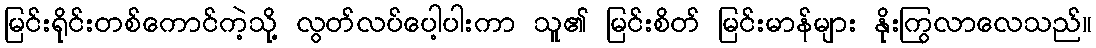
မြင်းရိုင်းတစ်ကောင်ကဲ့သို့ လွတ်လပ်ပေါ့ပါးကာ သူ၏ မြင်းစိတ် မြင်းမာန်များ နိုးကြွလာလေသည်။